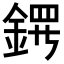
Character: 𬫤